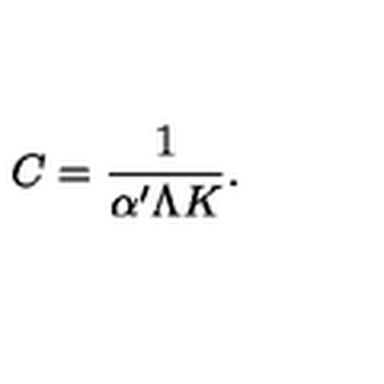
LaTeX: C = \frac { 1 } { \alpha ^ { \prime } \Lambda K } .